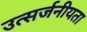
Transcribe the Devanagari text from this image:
उत्सर्जनीयता